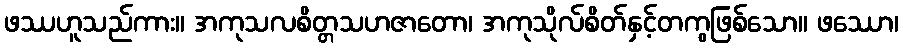
ဖဿဟူသည်ကား။ အကုသလစိတ္တသဟဇာတော၊ အကုသိုလ်စိတ်နှင့်တကွဖြစ်သော။ ဖဿော၊